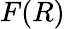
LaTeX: F(R)